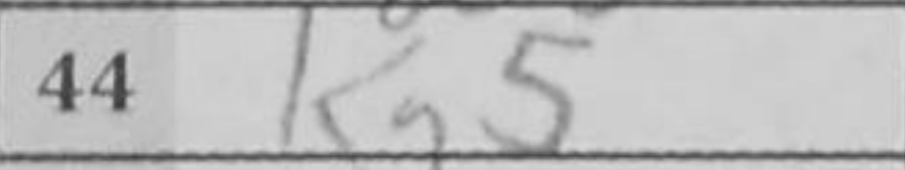
Transcription: Kg5